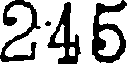
245